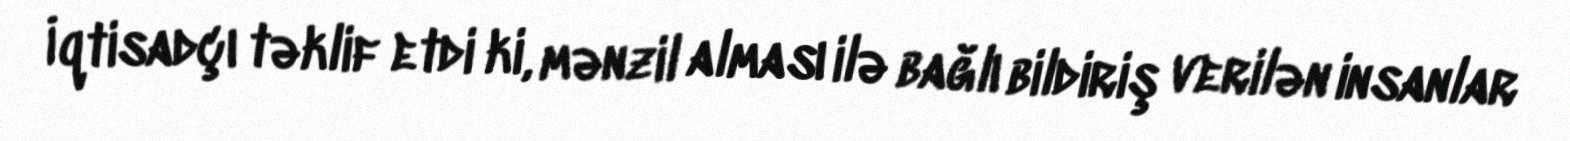
İqtisadçı təklif etdi ki, mənzil alması ilə bağlı bildiriş verilən insanlar